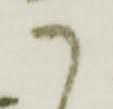
御